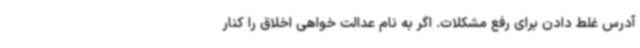
آدرس غلط دادن برای رفع مشکلات. اگر به نام عدالت خواهی اخلاق را کنار